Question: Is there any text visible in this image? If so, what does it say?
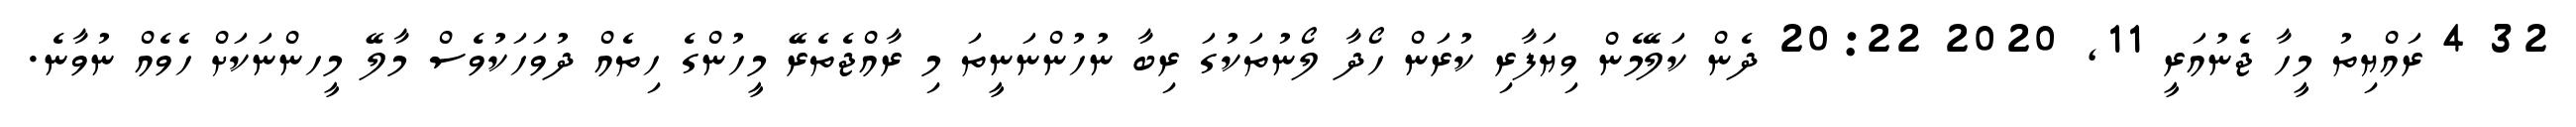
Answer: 32 4 ރައްޔިތު މީހާ ޖެނުއަރީ 11, 2020 20:22 ދެން ކަލޭމެން ވިޔަފާރި ކުރަން ހޯދާ ލޯނުތަކުގަ ރިބާ ނުހުންނަނީތަ މި ރާއްޖެތެރޭ މީހުންގެ ހިތެއް ދުވަހަކުވެސް މާލޭ މީހންނަކަށް ހެވެއް ނުވާނެ.